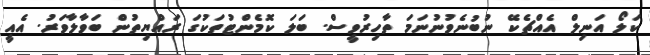
ކަލޯ އަނިލް އެއްޗެކޭ ނުބުނެވުނުނަަމަ ތާހިރުވީސް. ބަލަ ކޮމެންޓުތަކުގަ ރައްޔިތުން ބަވާލާވަރު. އެއީ